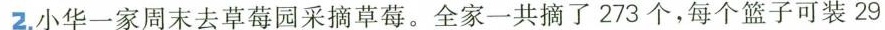
2.小华一家周末去草莓园采摘草莓。全家一共摘了273个，每个篮子可装29